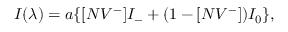
I ( \lambda ) = a \{ [ N V ^ { - } ] I _ { - } + ( 1 - [ N V ^ { - } ] ) I _ { 0 } \} ,